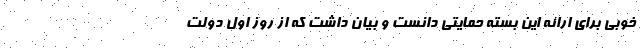
خوبی برای ارائه این بسته حمایتی دانست و بیان داشت که از روز اول دولت